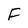
Character: F